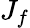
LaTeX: J_{f}